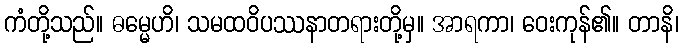
ကံတို့သည်။ ဓမ္မေဟိ၊ သမထဝိပဿနာတရားတို့မှ။ အာရကာ၊ ဝေးကုန်၏။ တာနိ၊